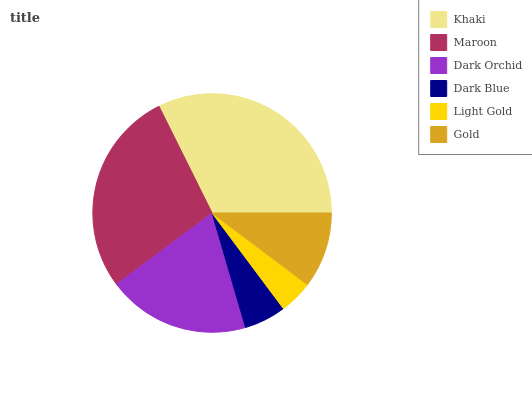
| Khaki | Maroon | Dark Orchid | Dark Blue | Light Gold | Gold |
 | --- | --- | --- | --- | --- | --- |
 | 32.3% | 27.9% | 19.3% | 5.69% | 4.56% | 10.3% |